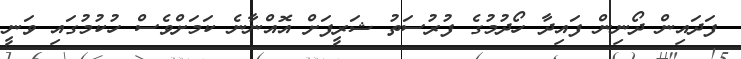
ފަދައިން ދޯނިން ފައިދާ ހޯދުމުގެ ފުރުސަތު ޝަރީފަށް އޮއްނާނެ ކަމަށްވެސް ހުކުމުގައި ވަނީ